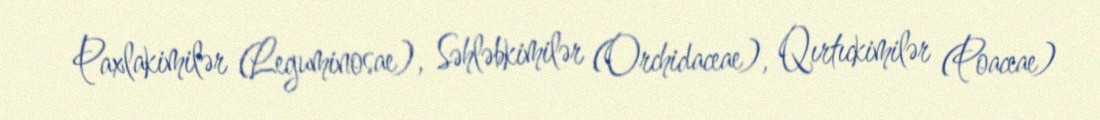
Paxlakimilər (Leguminosae), Səhləbkimilər (Orchidaceae), Qırtıckimilər (Poaceae)